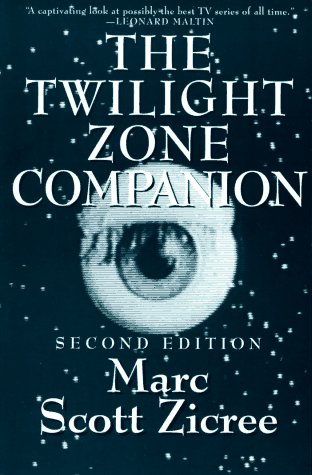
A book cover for The Twilight Zone Companion; Marc Scott Zicree; Humor & Entertainment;